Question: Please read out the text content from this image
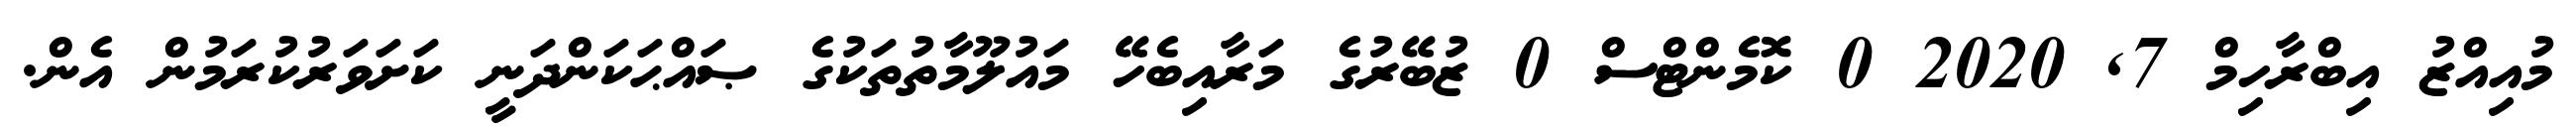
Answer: މުއިއްޒު އިބްރާހިމް 7, 2020 0 ކޮމެންޓްސް 0 ޒުބޭރުގެ މަރާއިބެހޭ މައުލޫމާތުތަކުގެ ޞައްޙަކަންދަނީ ކަށަވަރުކުރަމުން އެން.